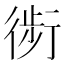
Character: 𰳬